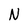
Character: N